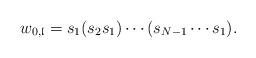
LaTeX: \begin{align*}w_{0,\mathfrak{l}} = s_{1} (s_{2} s_{1}) \cdots (s_{N - 1} \cdots s_{1}).\end{align*}